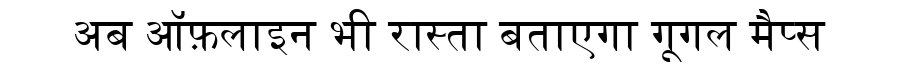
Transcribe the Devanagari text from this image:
अब ऑफ़लाइन भी रास्ता बताएगा गूगल मैप्स